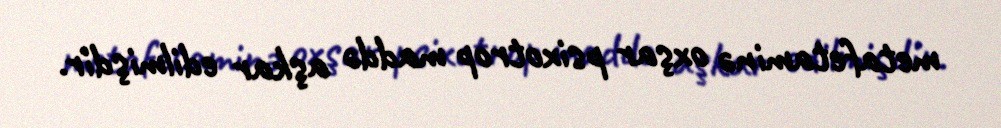
metafetaminə oxşar psixotrop maddə aşkar edilmişdir.